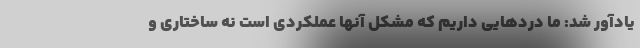
یادآور شد: ما دردهایی داریم که مشکل آنها عملکردی است نه ساختاری و